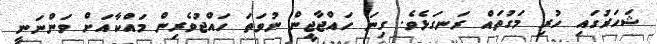
ޝަހަރުގައި ހުރި މަގުތައް ރަނގަޅެވެ. ގިނަ ހައްޖާޖީން ނުވަތަ ހައްޖުވެރިން މައްކާއަށް ވަންނަނީ